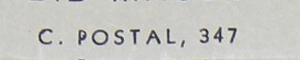
C. POSTAL, 347